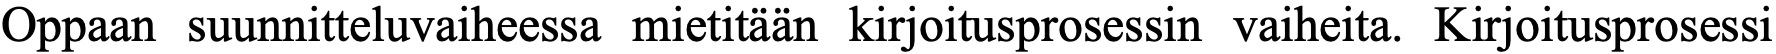
Oppaan suunnitteluvaiheessa mietitään kirjoitusprosessin vaiheita. Kirjoitusprosessi